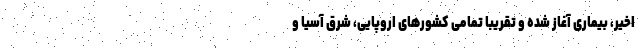
اخیر، بیماری آغاز شده و تقریبا تمامی کشورهای اروپایی، شرق آسیا و